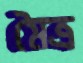
মৈত্র